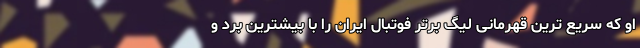
او که سریع ترین قهرمانی لیگ برتر فوتبال ایران را با بیشترین برد و